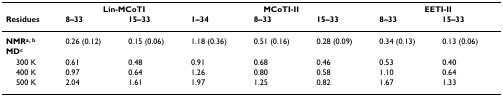
<table><thead><tr><td></td><td colspan="2"><b>Lin-MCoTI</b></td><td colspan="3"><b>MCoTI-II</b></td><td colspan="2"><b>EETI-II</b></td></tr><tr><td><b>Residues</b></td><td><b>8–33</b></td><td><b>15–33</b></td><td><b>1–34</b></td><td><b>8–33</b></td><td><b>15–33</b></td><td><b>8–33</b></td><td><b>15–33</b></td></tr></thead><tbody><tr><td><b>NMR<sup>a, b</sup></b></td><td>0.26 (0.12)</td><td>0.15 (0.06)</td><td>1.18 (0.36)</td><td>0.51 (0.16)</td><td>0.28 (0.09)</td><td>0.34 (0.13)</td><td>0.13 (0.06)</td></tr><tr><td><b>MD<sup>c</sup></b></td><td></td><td></td><td></td><td></td><td></td><td></td><td></td></tr><tr><td> 300 K</td><td>0.61</td><td>0.48</td><td>0.91</td><td>0.68</td><td>0.46</td><td>0.53</td><td>0.40</td></tr><tr><td> 400 K</td><td>0.97</td><td>0.64</td><td>1.26</td><td>0.80</td><td>0.58</td><td>1.10</td><td>0.64</td></tr><tr><td> 500 K</td><td>2.04</td><td>1.61</td><td>1.97</td><td>1.25</td><td>0.82</td><td>1.67</td><td>1.33</td></tr></tbody></table>